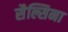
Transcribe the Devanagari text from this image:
सैल्सिना